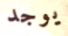
يوجد